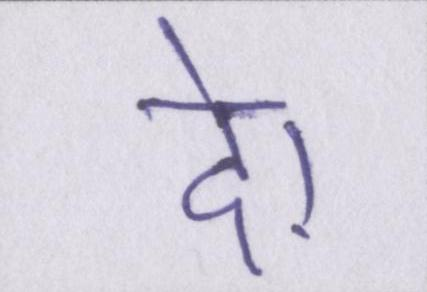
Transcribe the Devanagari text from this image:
दे।